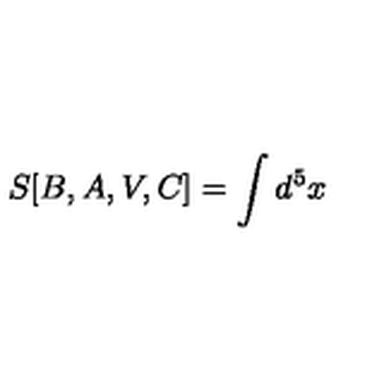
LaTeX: S [ B , A , V , C ] = \int d ^ { 5 } x